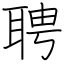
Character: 聘